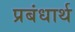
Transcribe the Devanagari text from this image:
प्रबंधार्थ